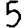
Digit: 5